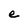
Character: e